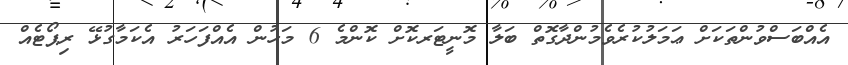
އެއްބަސްވުންތަކަށް ޢަމަލުކުރެވެމުންދާގޮތް ބަލާ މޮނީޓަރކޮށް ކޮންމެ 6 މަހުން އެއްފަހަރު އެކަމާގުޅޭ ރިޕޯޓެއް